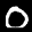
Digit: 0